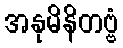
အနုမိနိတဗ္ဗံ